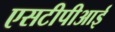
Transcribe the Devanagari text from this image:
एसटीपीआई